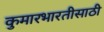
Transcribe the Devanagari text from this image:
कुमारभारतीसाठी